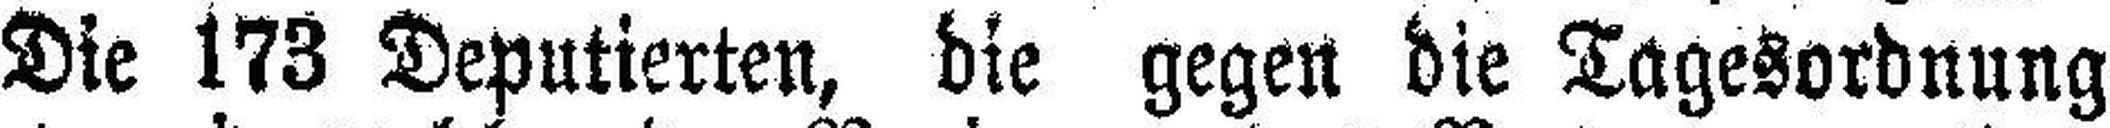
Die 173 Deputierten, die gegen die Tagesordnung